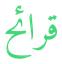
قرائح